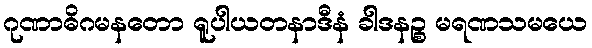
ဂုဏာဓိဂမနတော ရူပါယတနာဒီနံ ခါဒနဉ္စ မရဏသမယေ